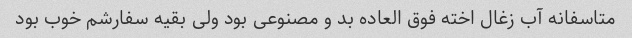
متاسفانه آب زغال اخته فوق العاده بد و مصنوعی بود ولی بقیه سفارشم خوب بود